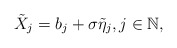
\begin{align*}\tilde X_j = b_j + \sigma \tilde \eta_j, j \in \mathbb{N},\end{align*}